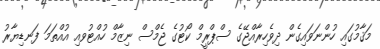
މަޤާމުގައި ހުންނަވައިގެން ދިވެހިރާއްޖޭގެ ސްޕްރީމް ކޯޓުގެ ޖެމްސް ނިޒާމް ހުއްޓުވއި އުއްތަމަ ފަނޑިޔާރު